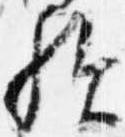
歟